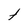
Character: t